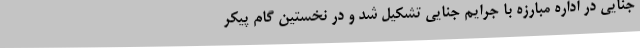
جنایی در اداره مبارزه با جرایم جنایی تشکیل شد و در نخستین گام پیکر